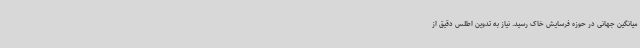
میانگین جهانی در حوزه فرسایش خاک رسید. نیاز به تدوین اطلس دقیق از